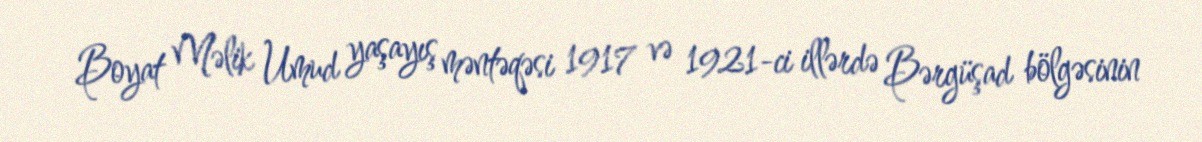
Boyat Məlik Umud yaşayış məntəqəsi 1917 və 1921-ci illərdə Bərgüşad bölgəsinin